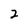
Character: 2